Vaccination in the Punjab 1897-1904 - 1897-1904
Year: 1897
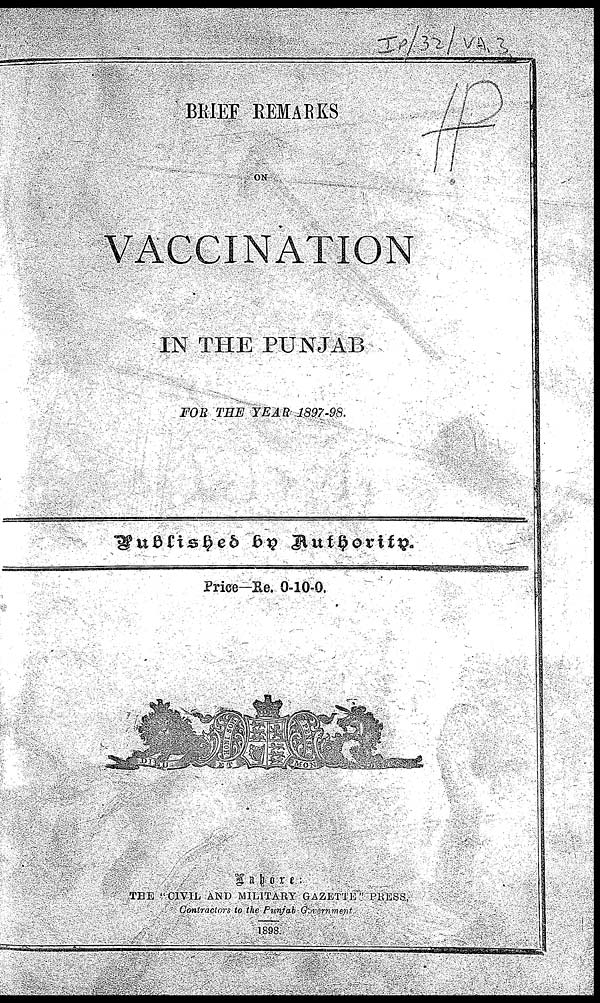
BRIEF REMARKS
VACCINATION
IN THE PUNJAB
FOR THE YEAR 1897-98.
Published by Authority.
Price—Re. 0-10-0.
/img/
Lahore:
THE CIVIL AND MILITARY GAZETTE PRESS.
Contractors to the Punjab Government.
1898.